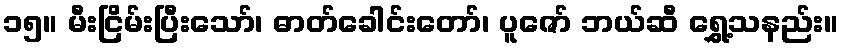
၁၅။ မီးငြိမ်းပြီးသော်၊ ဓာတ်ခေါင်းတော်၊ ပူဇော် ဘယ်ဆီ ရွှေ့သနည်း။